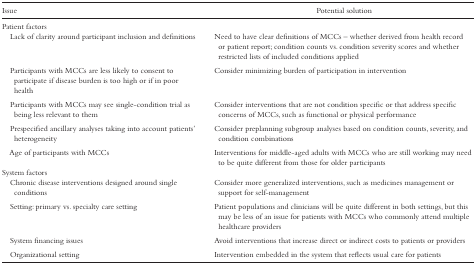
<table><thead><tr><td><b>Issue</b></td><td><b>Potential solution</b></td></tr></thead><tbody><tr><td>Patient factors</td><td></td></tr><tr><td> Lack of clarity around participant inclusion and definitions</td><td>Need to have clear definitions of MCCs – whether derived from health record or patient report; condition counts vs. condition severity scores and whether restricted lists of included conditions applied</td></tr><tr><td> Participants with MCCs are less likely to consent to participate if disease burden is too high or if in poor health</td><td>Consider minimizing burden of participation in intervention</td></tr><tr><td> Participants with MCCs may see single-condition trial as being less relevant to them</td><td>Consider interventions that are not condition specific or that address specific concerns of MCCs, such as functional or physical performance</td></tr><tr><td> Prespecified ancillary analyses taking into account patients’ heterogeneity</td><td>Consider preplanning subgroup analyses based on condition counts, severity, and condition combinations</td></tr><tr><td> Age of participants with MCCs</td><td>Interventions for middle-aged adults with MCCs who are still working may need to be quite different from those for older participants</td></tr><tr><td>System factors</td><td></td></tr><tr><td> Chronic disease interventions designed around single conditions</td><td>Consider more generalized interventions, such as medicines management or support for self-management</td></tr><tr><td> Setting: primary vs. specialty care setting</td><td>Patient populations and clinicians will be quite different in both settings, but this may be less of an issue for patients with MCCs who commonly attend multiple healthcare providers</td></tr><tr><td> System financing issues</td><td>Avoid interventions that increase direct or indirect costs to patients or providers</td></tr><tr><td> Organizational setting</td><td>Intervention embedded in the system that reflects usual care for patients</td></tr></tbody></table>